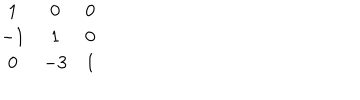
\begin{matrix} { { 1 } } & { { 0 } } & { { 0 } } \\ { { - 1 } } & { { 1 } } & { { 0 } } \\ { { 0 } } & { { - 3 } } & { { 1 } } \\ \end{matrix}